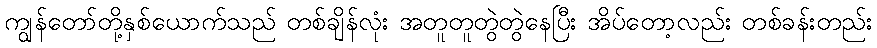
ကျွန်တော်တို့နှစ်ယောက်သည် တစ်ချိန်လုံး အတူတူတွဲတွဲနေပြီး အိပ်တော့လည်း တစ်ခန်းတည်း